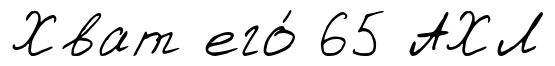
Хват его́ 65 АХЛ